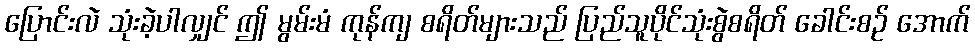
ပြောင်းလဲ သုံးခဲ့ပါလျှင် ဤ မွမ်းမံ ကုန်ကျ စရိတ်များသည် ပြည်သူပိုင်သုံးစွဲစရိတ် ခေါင်းစဉ် အောက်